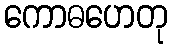
ကောဓဟေတု